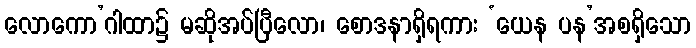
လောကော’ဂါထာ၌ မဆိုအပ်ပြီလော၊ စောဒနာရှိရကား ‘ယေန ပန’အစရှိသော